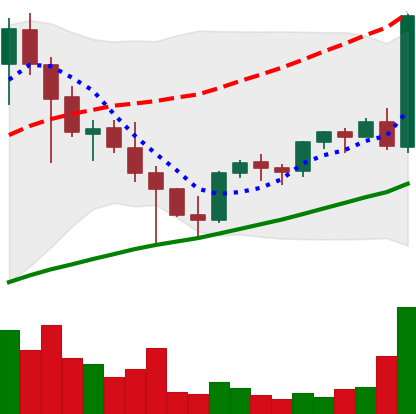
Ticker: EOS-USD
Chart end date: 2021-05-05
Forward return: 5.363%
Label: up_5_7